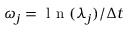
\omega _ { j } = { \mathrm { ~ l ~ n ~ } ( \lambda _ { j } ) } / { \Delta t }